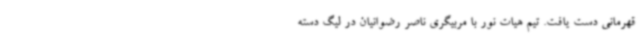
قهرمانی دست یافت. تیم هیات نور با مربیگری ناصر رضوانیان در لیگ دسته